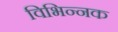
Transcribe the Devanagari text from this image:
विभिन्नक